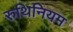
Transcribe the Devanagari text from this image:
रुथिनियम